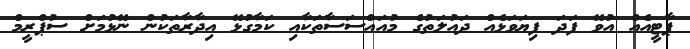
ޕާޓީއެއް އުވޭ ފަދަ ފިޔަވަޅެއް ދައުލަތުގެ މުއައްސަސާތަކާއި ކަމާގުޅޭ އިދާރާތަކުން ނޭޅުމަށް ސުޕްރީމް